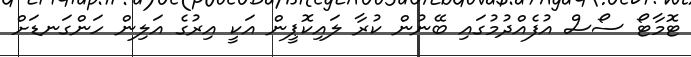
ޓޮމާޓޯ ސޯސް އުފެއްދުމުގައި ބޭނުން ކުރާ ލައިކޮޕީން އަކީ އިރުގެ އަލިން ހަންގަނޑަށް